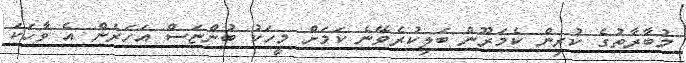
މުބާރާތުގެ ކުރިން ކެމަރޫން ބަލިކުރެވޭނެ ކަމަށް މީހަކު ބުންޏަސް އަހަރެން އެ ވާހަކަ